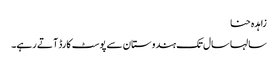
زاہدہ حنا
سالہا سال تک ہندوستان سے پوسٹ کارڈ آتے رہے۔